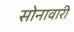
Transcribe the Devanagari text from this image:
सोनावारी